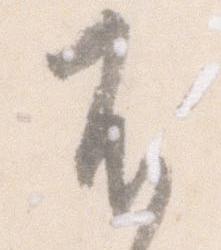
不